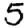
Digit: 5